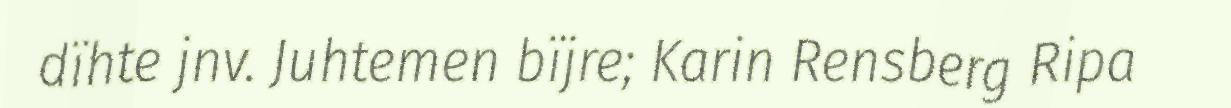
dïhte jnv. Juhtemen bïjre; Karin Rensberg Ripa